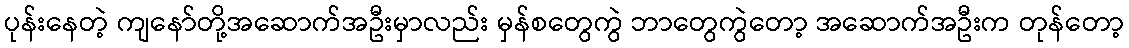
ပုန်းနေတဲ့ ကျနော်တို့အဆောက်အဦးမှာလည်း မှန်စတွေကွဲ ဘာတွေကွဲတော့ အဆောက်အဦးက တုန်တော့